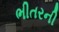
ભીતરની